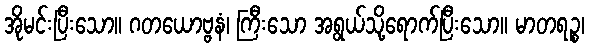
အိုမင်းပြီးသော။ ဂတယောဗ္ဗနံ၊ ကြီးသော အရွယ်သို့ရောက်ပြီးသော။ မာတရဉ္စ၊